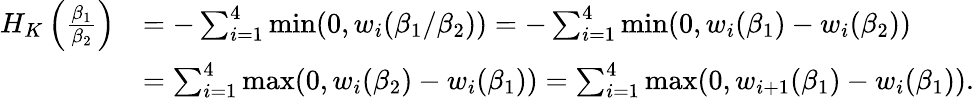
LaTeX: \begin{array}{rl}{H_{K}\left(\frac{\beta_{1}}{\beta_{2}}\right)}&{=-\sum_{i=1}^{4}\operatorname*{min}(0,w_{i}(\beta_{1}/\beta_{2}))=-\sum_{i=1}^{4}\operatorname*{min}(0,w_{i}(\beta_{1})-w_{i}(\beta_{2}))}\\ &{=\sum_{i=1}^{4}\operatorname*{max}(0,w_{i}(\beta_{2})-w_{i}(\beta_{1}))=\sum_{i=1}^{4}\operatorname*{max}(0,w_{i+1}(\beta_{1})-w_{i}(\beta_{1})).}\end{array}